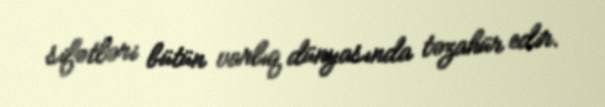
sifətləri bütün varlıq dünyasında təzahür edir.